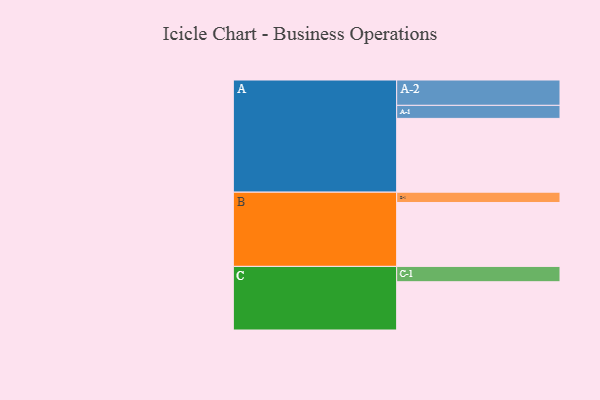
{"axis": {"x": "Segment", "y": "Value"}, "legend": ["", "A", "B", "C"], "data": [{"x": "A", "y": 486, "type": ""}, {"x": "B", "y": 421, "type": ""}, {"x": "C", "y": 318, "type": ""}, {"x": "A-1", "y": 86, "type": "A"}, {"x": "A-2", "y": 167, "type": "A"}, {"x": "B-1", "y": 68, "type": "B"}, {"x": "C-1", "y": 101, "type": "C"}]}